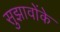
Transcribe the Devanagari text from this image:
सुझावोंके